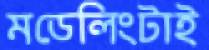
মডেলিংটাই